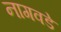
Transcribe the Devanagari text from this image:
नागवडे